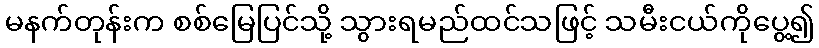
မနက်တုန်းက စစ်မြေပြင်သို့ သွားရမည်ထင်သဖြင့် သမီးငယ်ကိုပွေ့၍